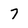
Character: 7